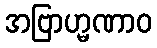
အဗြာဟ္မဏာဝ